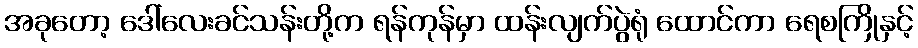
အခုတော့ ဒေါ်လေးခင်သန်းတို့က ရန်ကုန်မှာ ထန်းလျက်ပွဲရုံ ထောင်ကာ ရေစကြိုနှင့်